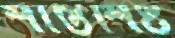
শান্তশিষ্ট